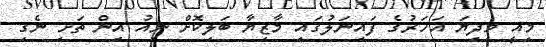
މިއީ މިދިޔަ އަހަރުގެ ފައިނަލުގައި މާޒިޔާ ބަލިކޮށް ނިއު އިން ތަށި ނެގި